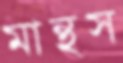
মান্থস